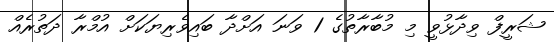
ޝަރީފް ވިދާޅުވީ މި މުބާރާތުގެ 1 ވަނަ އަށްދާ ބައިވެރިޔަކަށް އުމްރާ ދަތުރެއް